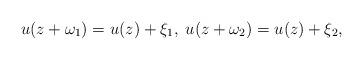
LaTeX: \begin{align*}u(z+\omega_1)=u(z)+\xi_1,\;u(z+\omega_2)=u(z)+\xi_2, \end{align*}